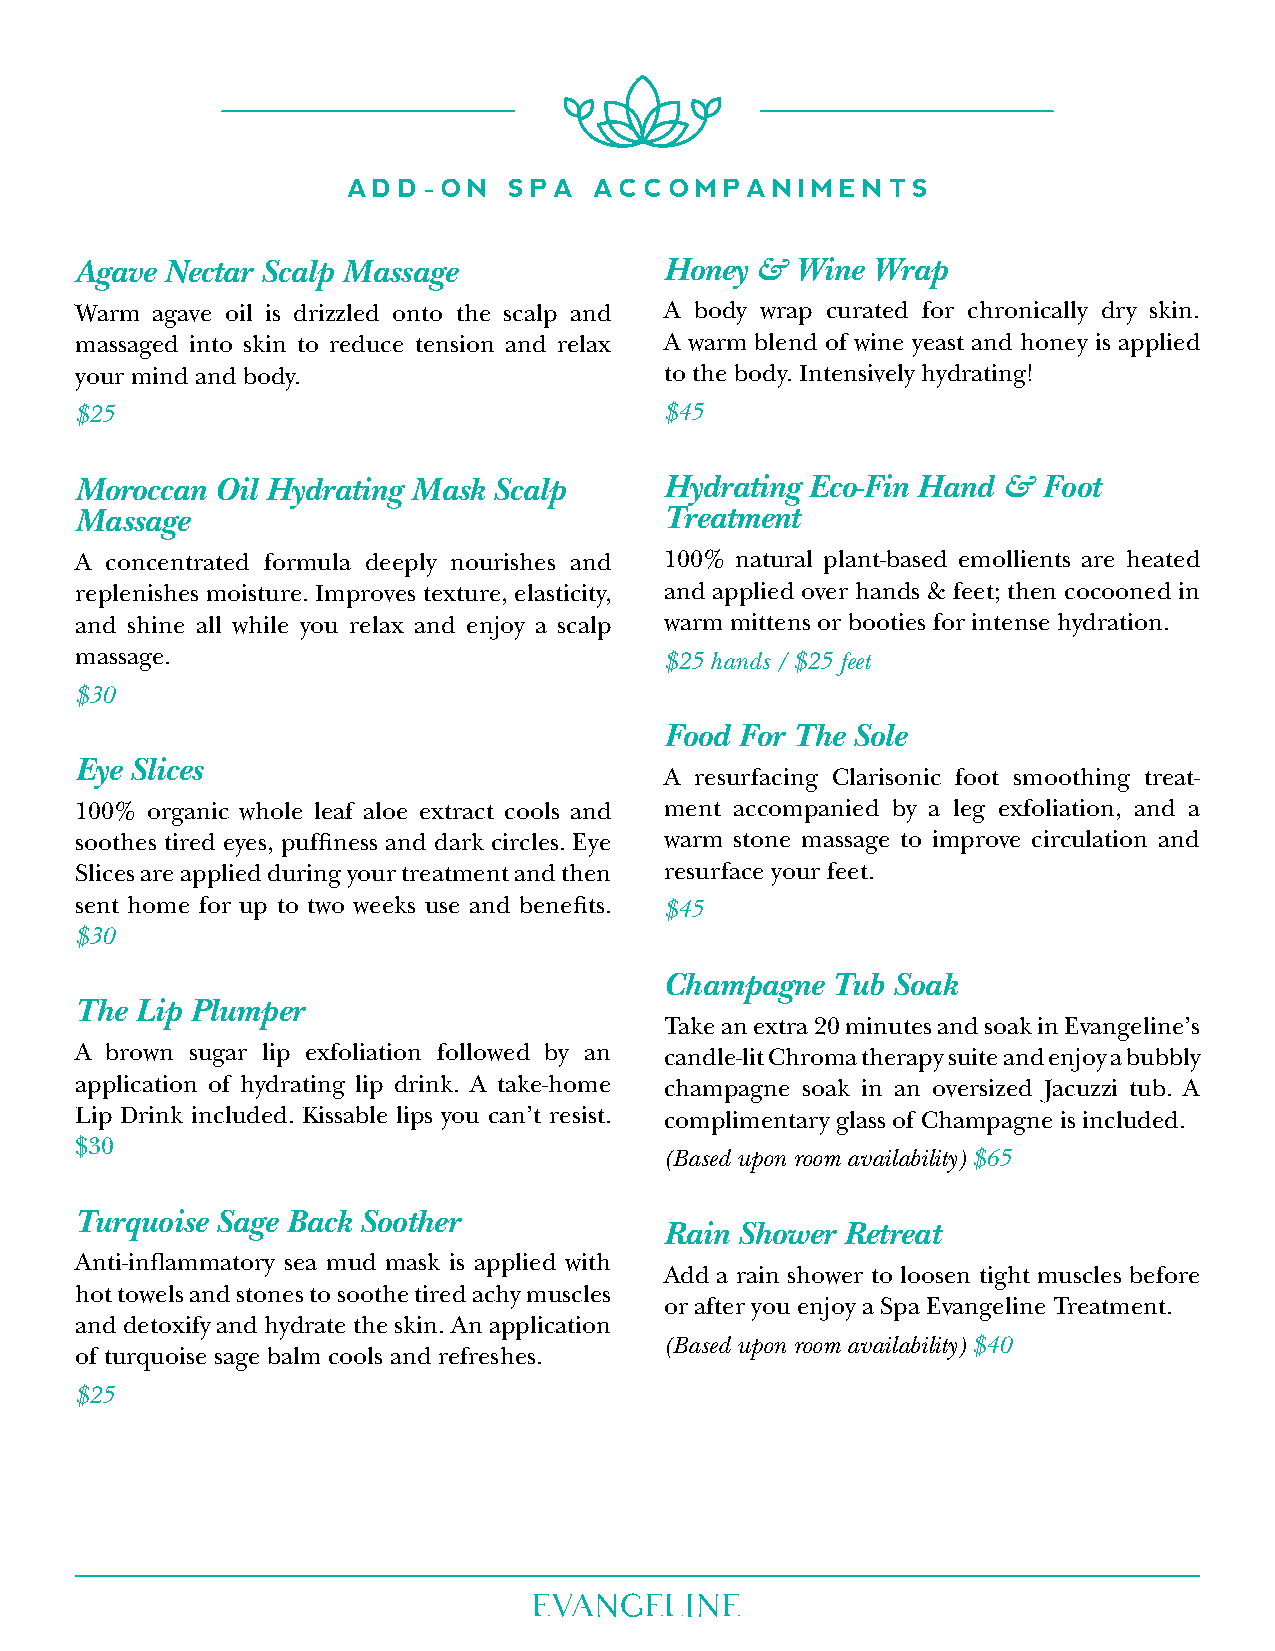
add-on   Spa  accompanimentS
 Agave Nectar Scalp Massage             Honey &  Wine Wrap
 Warm agave oil is drizzled onto the scalp and A body wrap curated for chronically dry skin.
 massaged into skin to reduce tension and relax A warm blend of wine yeast and honey is applied
 your mind and body.                    to the body. Intensively hydrating!
 $25                                    $45
 Moroccan Oil Hydrating Mask Scalp      Hydrating Eco-Fin Hand & Foot
 Massage                                Treatment
 A concentrated formula deeply nourishes and 100% natural plant-based emollients are heated
 replenishes moisture. Improves texture, elasticity, and applied over hands & feet; then cocooned in
 and shine all while you relax and enjoy a scalp warm mittens or booties for intense hydration.
 massage.                               $25 hands / $25 feet
 $30
 Food For The Sole
 Eye Slices
 A resurfacing Clarisonic foot smoothing treat-
 100% organic whole leaf aloe extract cools and ment accompanied by a leg exfoliation, and a
 soothes tired eyes, puffiness and dark circles. Eye warm stone massage to improve circulation and
 Slices are applied during your treatment and then resurface your feet.
 sent home for up to two weeks use and benefits. $45
 $30
 Champagne  Tub Soak
 The Lip Plumper
 Take an extra 20 minutes and soak in Evangeline’s
 A brown sugar lip exfoliation followed by an candle-lit Chroma therapy suite and enjoy a bubbly
 application of hydrating lip drink. A take-home champagne soak in an oversized Jacuzzi tub. A
 Lip Drink included. Kissable lips you can’t resist. complimentary glass of Champagne is included.
 $30
 (Based upon room availability) $65
 Turquoise Sage Back Soother
 Rain Shower Retreat
 Anti-inflammatory sea mud mask is applied with
 Add a rain shower to loosen tight muscles before
 hot towels and stones to soothe tired achy muscles
 or after you enjoy a Spa Evangeline Treatment.
 and detoxify and hydrate the skin. An application
 (Based upon room availability) $40
 of turquoise sage balm cools and refreshes.
 $25